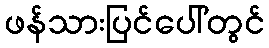
ဖန်သားပြင်ပေါ်တွင်